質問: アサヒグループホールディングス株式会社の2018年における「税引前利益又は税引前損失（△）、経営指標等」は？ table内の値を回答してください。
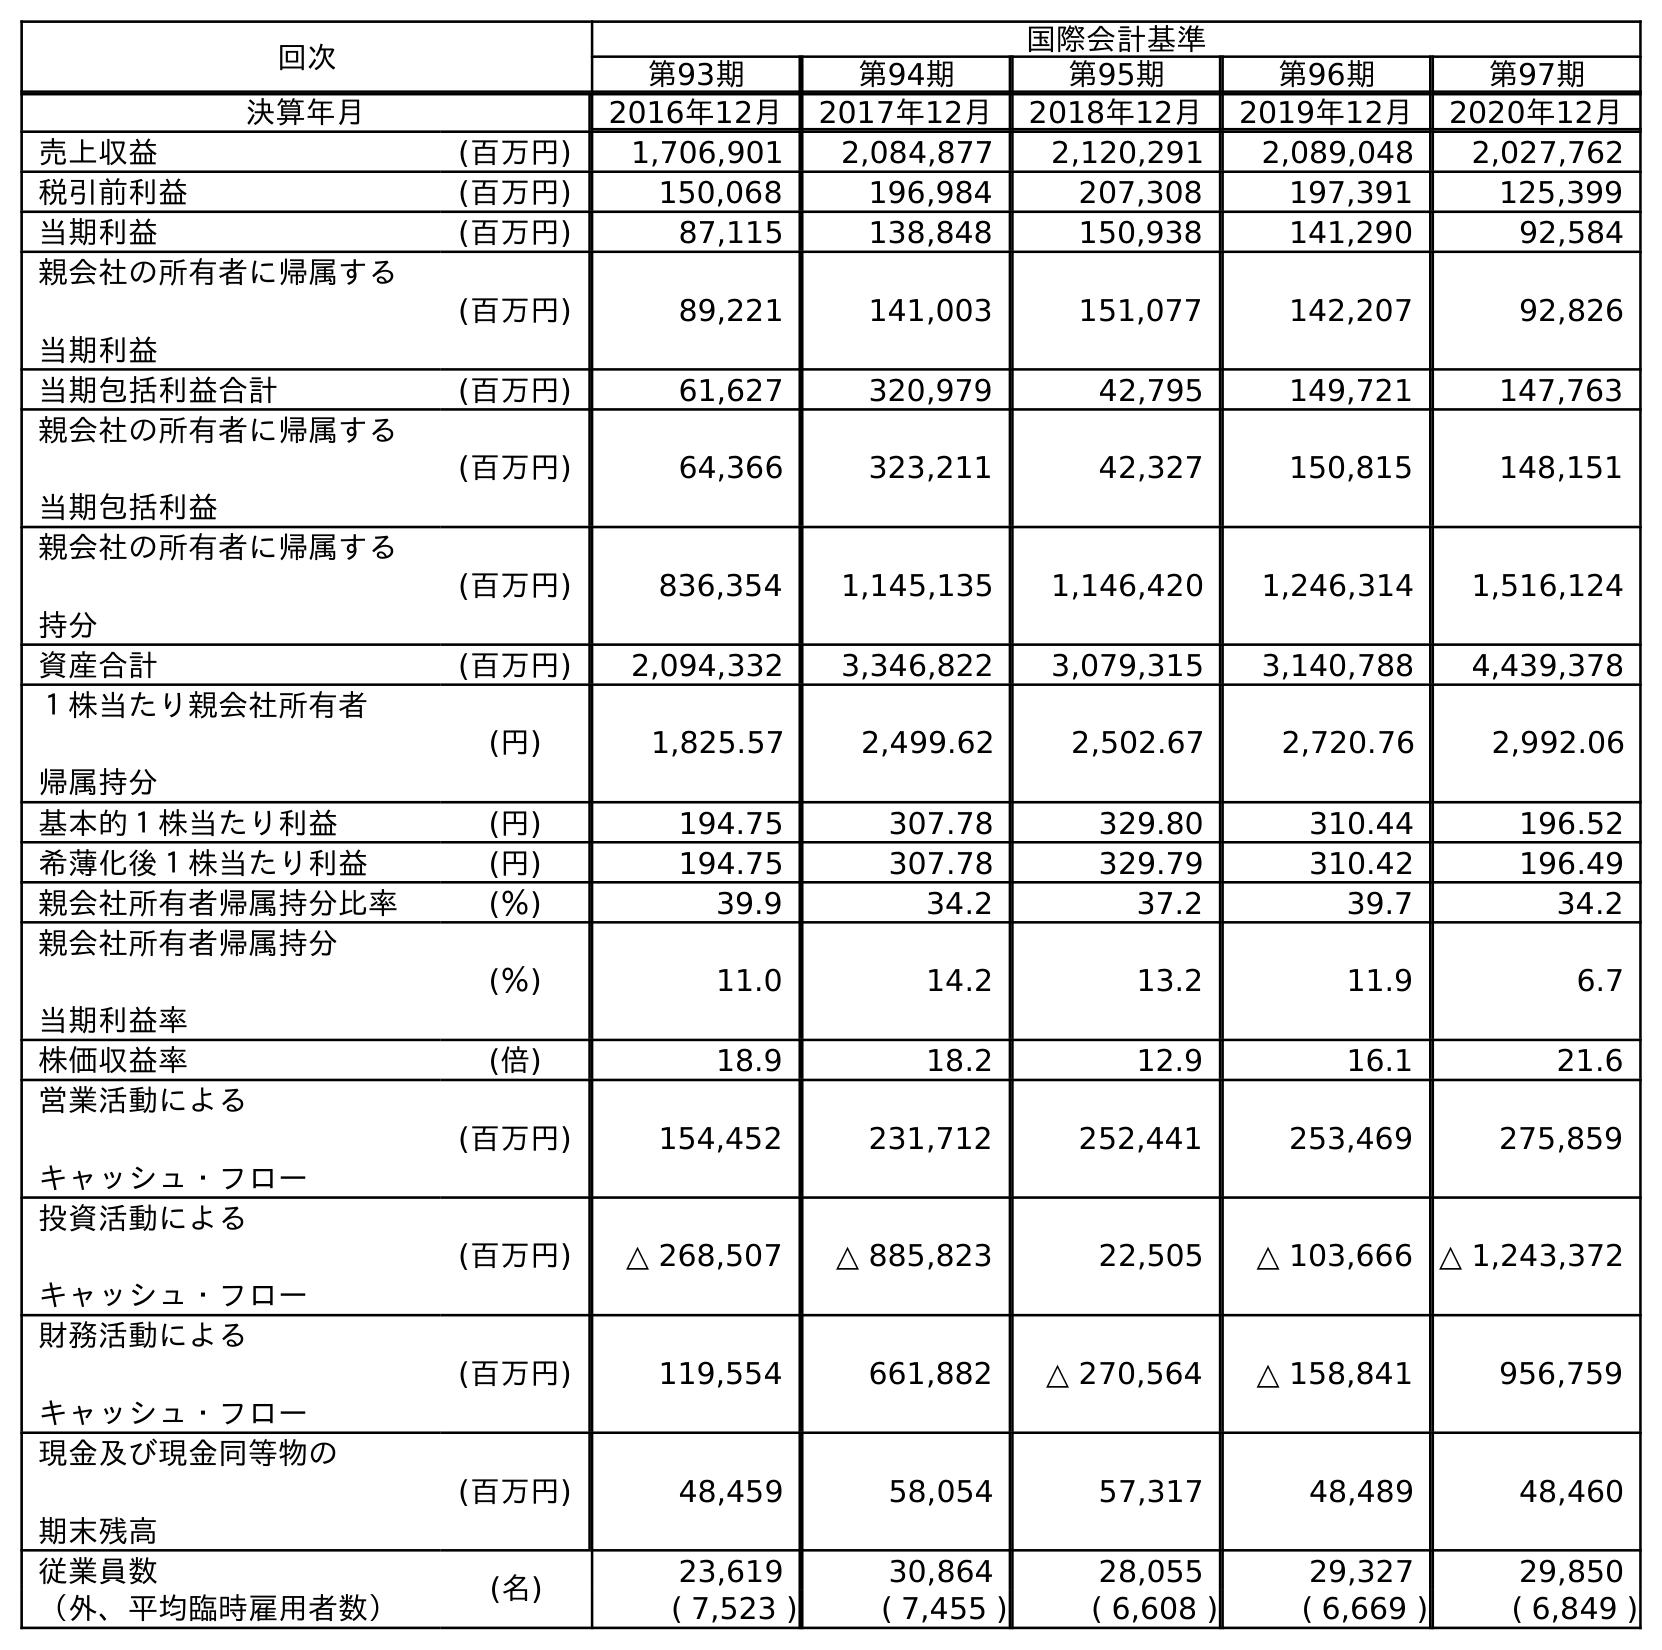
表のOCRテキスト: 回次 国際会計基準 第93期 第94期 第95期 第96期 第97期 決算年月 2016年12月 2017年12月 2018年12月 2019年12月 2020年12月 売上収益 (百万円) 1,706,901 2,084,877 2,120,291 2,089,048 2,027,762 税引前利益 (百万円) 150,068 196,984 207,308 197,391 125,399 当期利益 (百万円) 87,115 138,848 150,938 141,290 92,584 親会社の所有者に帰属する 当期利益 (百万円) 89,221 141,003 151,077 142,207 92,826 当期包括利益合計 (百万円) 61,627 320,979 42,795 149,721 147,763 親会社の所有者に帰属する 当期包括利益 (百万円) 64,366 323,211 42,327 150,815 148,151 親会社の所有者に帰属する 持分 (百万円) 836,354 1,145,135 1,146,420 1,246,314 1,516,124 資産合計 (百万円) 2,094,332 3,346,822 3,079,315 3,140,788 4,439,378 １株当たり親会社所有者 帰属持分 (円) 1,825.57 2,499.62 2,502.67 2,720.76 2,992.06 基本的１株当たり利益 (円) 194.75 307.78 329.80 310.44 196.52 希薄化後１株当たり利益 (円) 194.75 307.78 329.79 310.42 196.49 親会社所有者帰属持分比率 (％) 39.9 34.2 37.2 39.7 34.2 親会社所有者帰属持分 当期利益率 (％) 11.0 14.2 13.2 11.9 6.7 株価収益率 (倍) 18.9 18.2 12.9 16.1 21.6 営業活動による キャッシュ・フロー (百万円) 154,452 231,712 252,441 253,469 275,859 投資活動による キャッシュ・フロー (百万円) △ 268,507 △ 885,823 22,505 △ 103,666 △ 1,243,372 財務活動による キャッシュ・フロー (百万円) 119,554 661,882 △ 270,564 △ 158,841 956,759 現金及び現金同等物の 期末残高 (百万円) 48,459 58,054 57,317 48,489 48,460 従業員数 (名) 23,619 30,864 28,055 29,327 29,850 （外、平均臨時雇用者数） ( 7,523 ) ( 7,455 ) ( 6,608 ) ( 6,669 ) ( 6,849 )
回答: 207,308